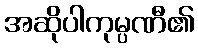
အဆိုပါကုမ္ပဏီ၏